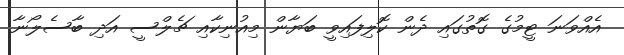
އެއްވަނަ ޓީމުގެ ގޮތުގައި ދެން ކޮލިފައިވީ ބަޔާން މިއުނިކާއި ޗެލްސީ އަދި ބާސެލޯނާ